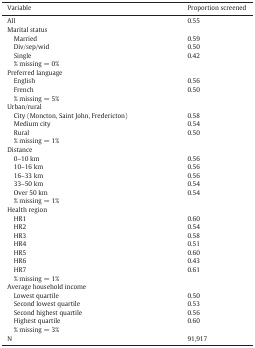
| Variable | Proportion screened |
 | --- | --- |
 | All | 0.55 |
 | Marital status |  |
 | Married | 0.59 |
 | Div/sep/wid | 0.50 |
 | Single | 0.42 |
 | % missing = 0% |  |
 | Preferred language |  |
 | English | 0.56 |
 | French | 0.50 |
 | % missing = 5% |  |
 | Urban/rural |  |
 | City (Moncton, Saint John, Fredericton) | 0.58 |
 | Medium city | 0.54 |
 | Rural | 0.50 |
 | % missing = 1% |  |
 | Distance |  |
 | 0–10 km | 0.56 |
 | 10–16 km | 0.56 |
 | 16–33 km | 0.56 |
 | 33–50 km | 0.54 |
 | Over 50 km | 0.54 |
 | % missing = 1% |  |
 | Health region |  |
 | HR1 | 0.60 |
 | HR2 | 0.54 |
 | HR3 | 0.58 |
 | HR4 | 0.51 |
 | HR5 | 0.60 |
 | HR6 | 0.43 |
 | HR7 | 0.61 |
 | % missing = 1% |  |
 | Average household income |  |
 | Lowest quartile | 0.50 |
 | Second lowest quartile | 0.53 |
 | Second highest quartile | 0.56 |
 | Highest quartile | 0.60 |
 | % missing = 3% |  |
 | N | 91,917 |